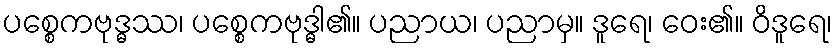
ပစ္စေကဗုဒ္ဓဿ၊ ပစ္စေကဗုဒ္ဓါ၏။ ပညာယ၊ ပညာမှ။ ဒူရေ၊ ဝေး၏။ ဝိဒူရေ၊